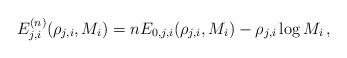
LaTeX: \begin{align*}E_{j,i}^{(n)}(\rho_{j, i}, M_i) = nE_{0, j, i}(\rho_{j, i}, M_i)- \rho_{j, i} \log M_i\,,\end{align*}